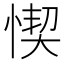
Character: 𢝛